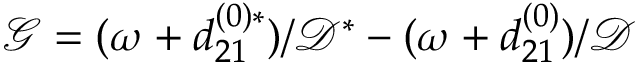
\mathcal { G } = ( \omega + d _ { 2 1 } ^ { ( 0 ) \ast } ) / \mathcal { D } ^ { \ast } - ( \omega + d _ { 2 1 } ^ { ( 0 ) } ) / \mathcal { D }